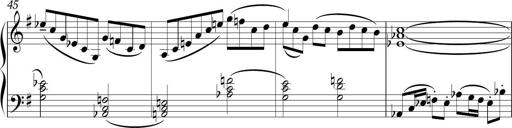
Title: Sonatina in E minor
Composer: Shuwen Zhang
Key: E minor